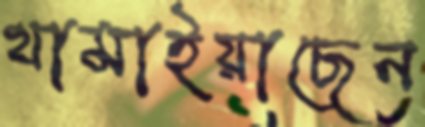
থামাইয়াছেন